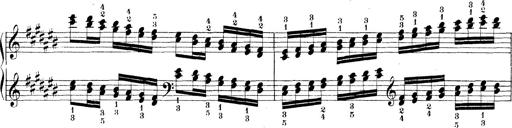
Title: Technische Studien
Composer: Franz Liszt